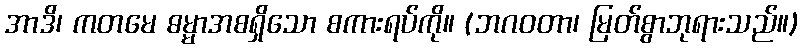
အာဒိ၊ ကတမေ ဓမ္မာအစရှိသော စကားရပ်ကို။ (ဘဂဝတာ၊ မြတ်စွာဘုရားသည်။)